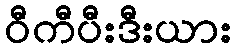
ဝီကီပီးဒီးယား